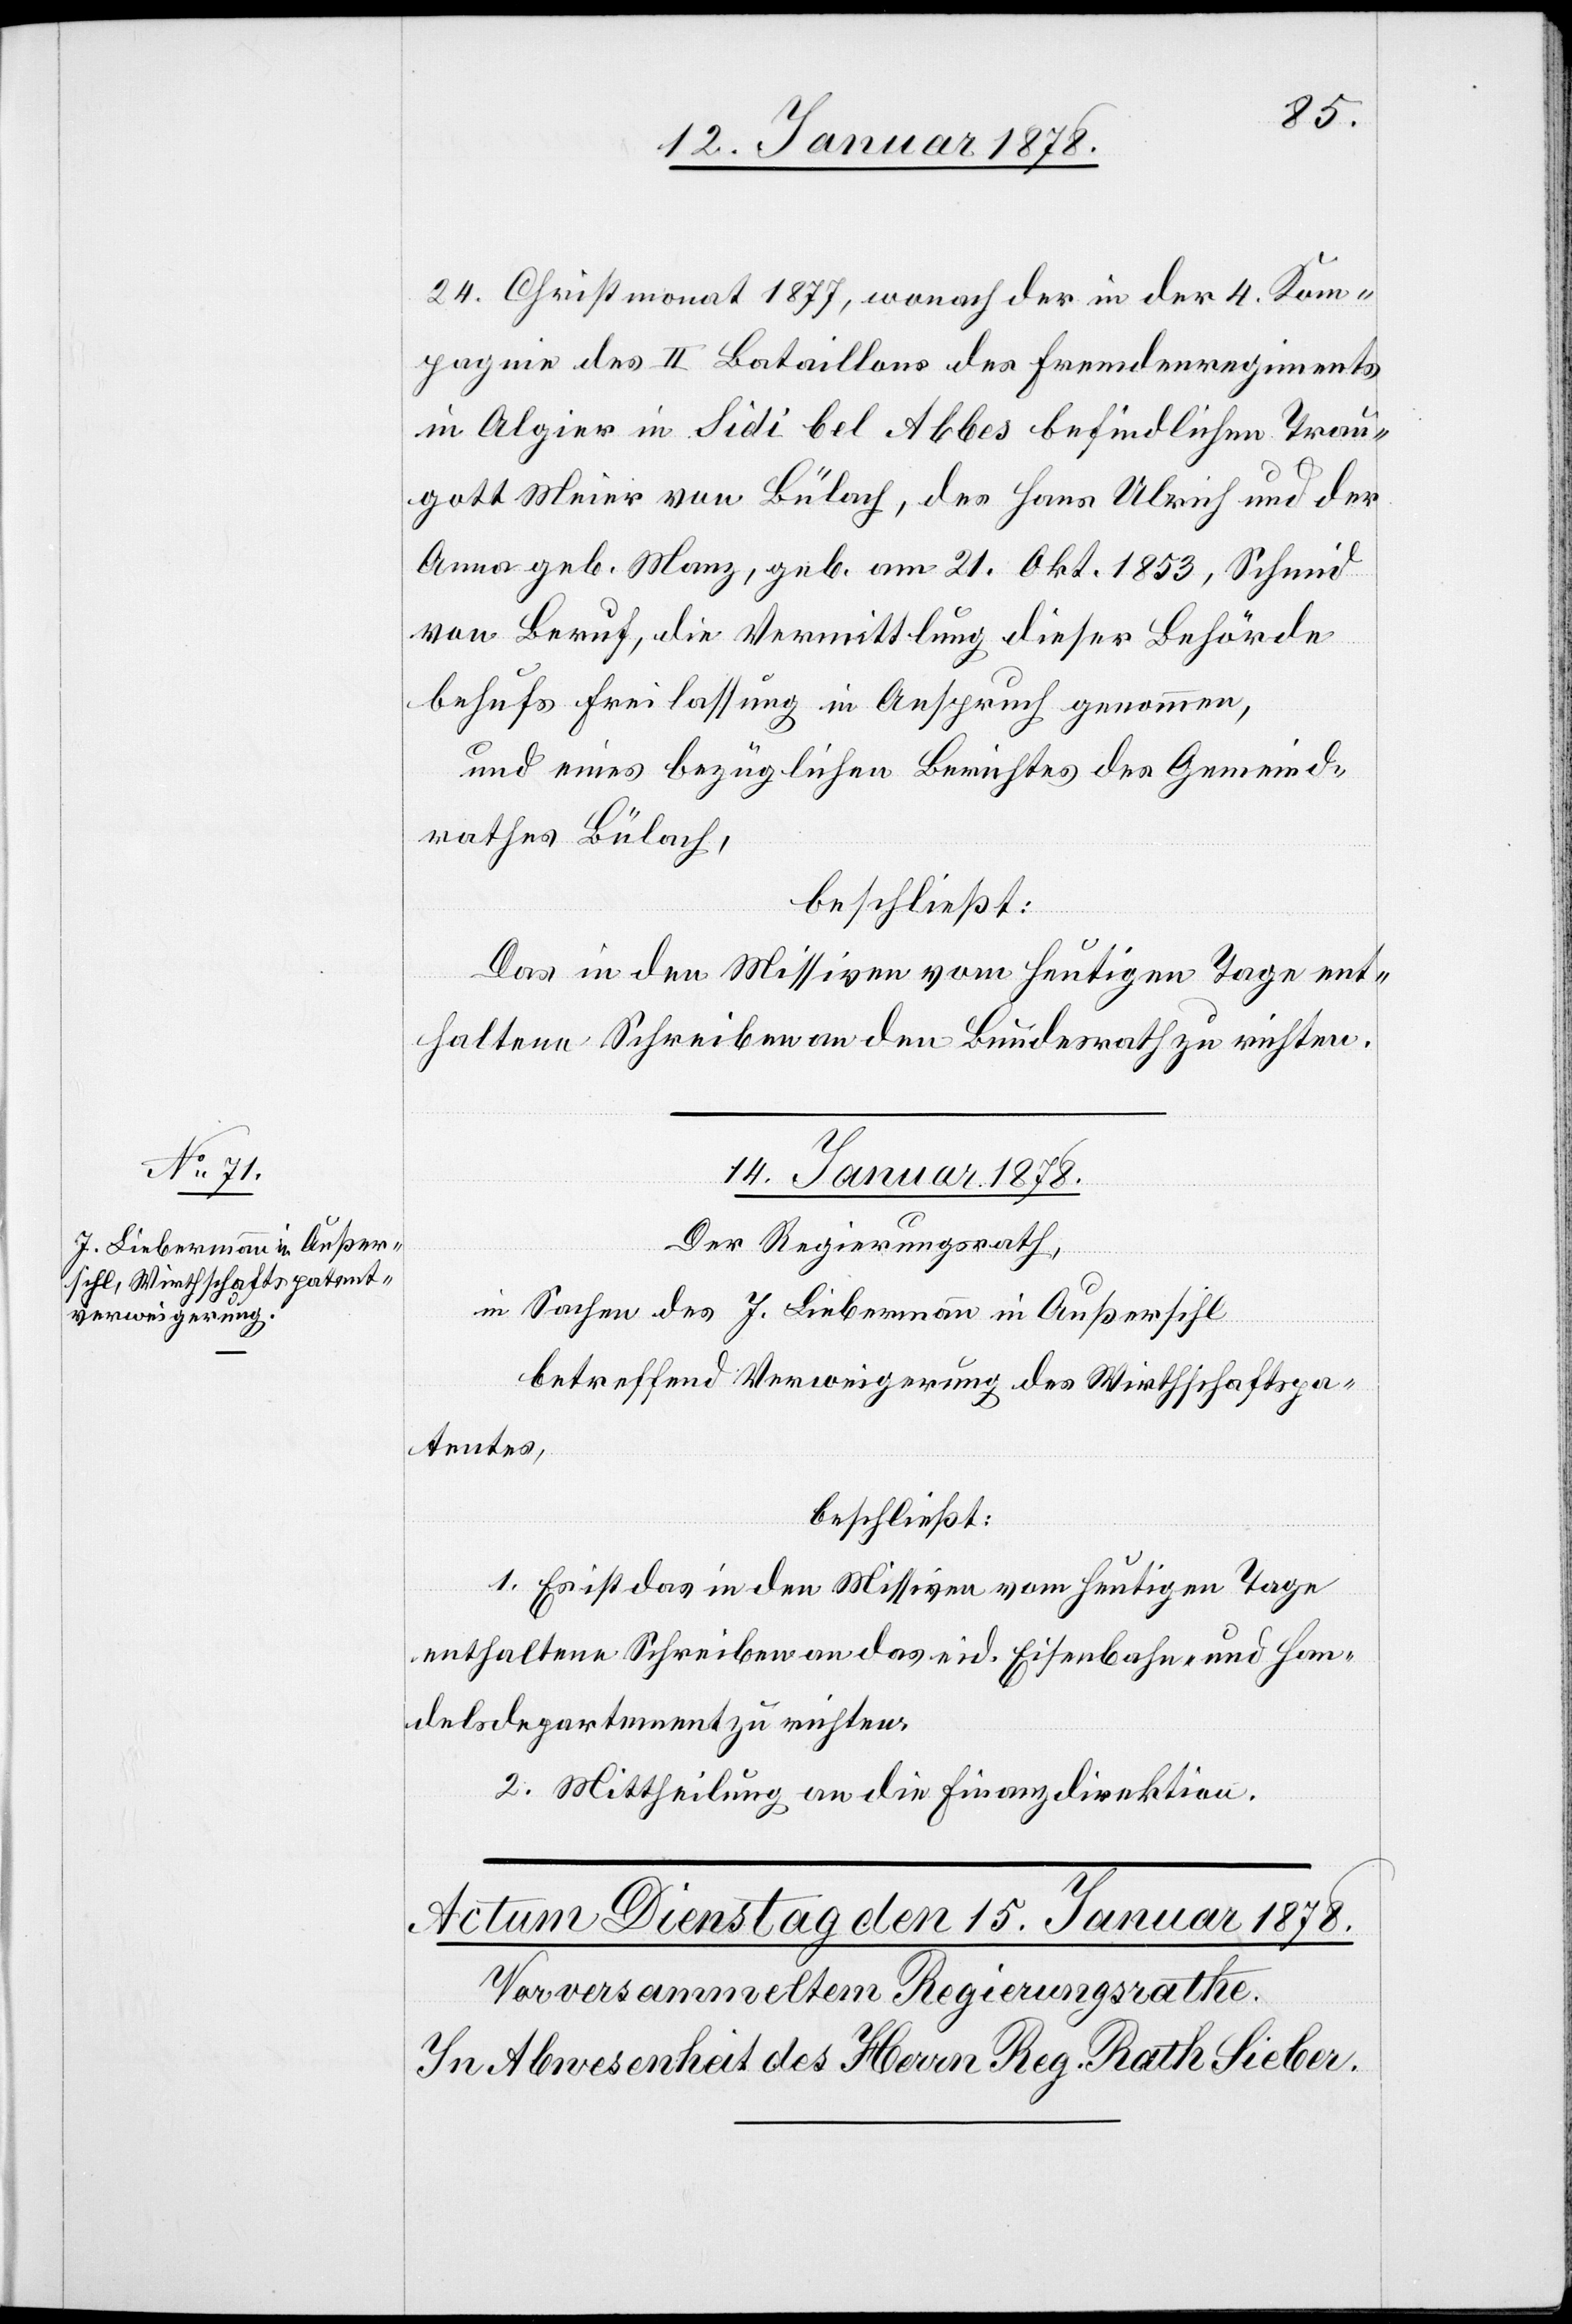
24. Christmonat 1877, wonach der in der 4. Kom¬
pagnie des II Bataillons des Fremdenregiments
in Algier in Sidi bel Abbes befindlichen Trau¬
gott Meier von Bülach, des Hans Ulrich und der
Anna geb. Manz, geb. am 21. Okt. 1853, Schmid
von Beruf, die Vermittlung dieser Behörde
behufs Freilassung in Anspruch genommen,
und eines bezüglichen Berichtes des Gemeind¬
rathes Bülach,
beschließt:
Das in den Missiven vom heutigen Tage ent¬
haltene Schreiben an den Bundesrath zu richten.
14. Januar 1878.
Der Regierungsrath,
in Sachen des J. Liebermann in Außersihl
betreffend Verweigerung des Wirthschaftspa¬
tentes,
beschließt:
1. Es ist das in den Missiven vom heutigen Tage
enthaltene Schreiben an das eid. Eisenbahn- und Han¬
delsdepartement zu richten.
2. Mittheilung an die Finanzdirektion.